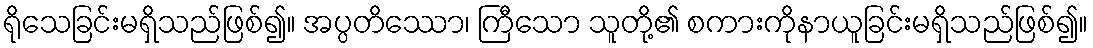
ရိုသေခြင်းမရှိသည်ဖြစ်၍။ အပ္ပတိဿော၊ ကြီသော သူတို့၏ စကားကိုနာယူခြင်းမရှိသည်ဖြစ်၍။